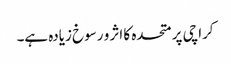
کراچی پر متحدہ کا اثر و رسوخ زیادہ ہے۔